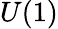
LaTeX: U(1)